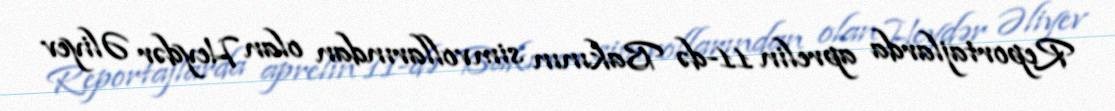
Reportajlarda aprelin 11-də Bakının simvollarından olan Heydər Əliyev